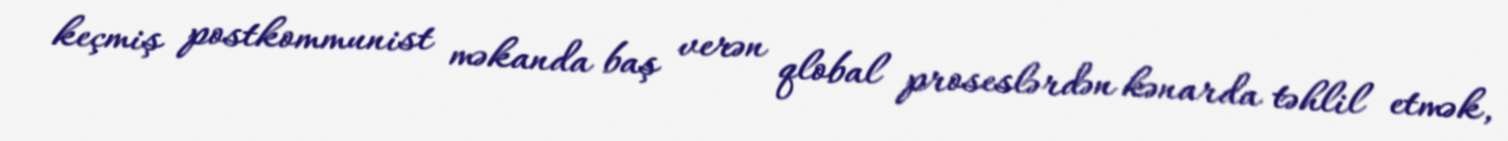
keçmiş postkommunist məkanda baş verən qlobal proseslərdən kənarda təhlil etmək,